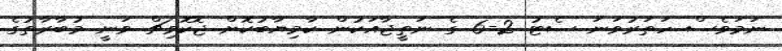
ނަމަވެސް ހަތަރުވަނަ ސެޓު 2-6 ގެ ނަތީޖާއަކުން ކާމިޔާބުކޮށް ޖޮކޮވިޗް ވަނީ މުބާރާތުގެ